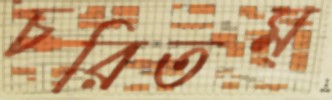
চরিতম্